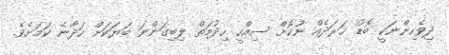
ދިވެހިންނަކީ ބޮޑު ޚަރަދެއް ނުކޮށް ސިއްހީ ހިދުމަތް ލިބިގަންނަ ބަޔަކަށް ހަދާނެ ކަމަށެވެ.